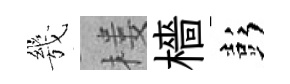
㡬楼檣彭